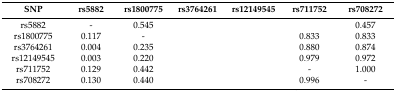
<table><thead><tr><td><b>SNP</b></td><td><b>rs5882</b></td><td><b>rs1800775</b></td><td><b>rs3764261</b></td><td><b>rs12149545</b></td><td><b>rs711752</b></td><td><b>rs708272</b></td></tr></thead><tbody><tr><td>rs5882</td><td>-</td><td>0.545</td><td>[EMPTY_CELL]</td><td>[EMPTY_CELL]</td><td>[EMPTY_CELL]</td><td>0.457</td></tr><tr><td>rs1800775</td><td>0.117</td><td>-</td><td>[EMPTY_CELL]</td><td>[EMPTY_CELL]</td><td>0.833</td><td>0.833</td></tr><tr><td>rs3764261</td><td>0.004</td><td>0.235</td><td>[EMPTY_CELL]</td><td>[EMPTY_CELL]</td><td>0.880</td><td>0.874</td></tr><tr><td>rs12149545</td><td>0.003</td><td>0.220</td><td>[EMPTY_CELL]</td><td>[EMPTY_CELL]</td><td>0.979</td><td>0.972</td></tr><tr><td>rs711752</td><td>0.129</td><td>0.442</td><td>[EMPTY_CELL]</td><td>[EMPTY_CELL]</td><td>-</td><td>1.000</td></tr><tr><td>rs708272</td><td>0.130</td><td>0.440</td><td>[EMPTY_CELL]</td><td>[EMPTY_CELL]</td><td>0.996</td><td>-</td></tr></tbody></table>